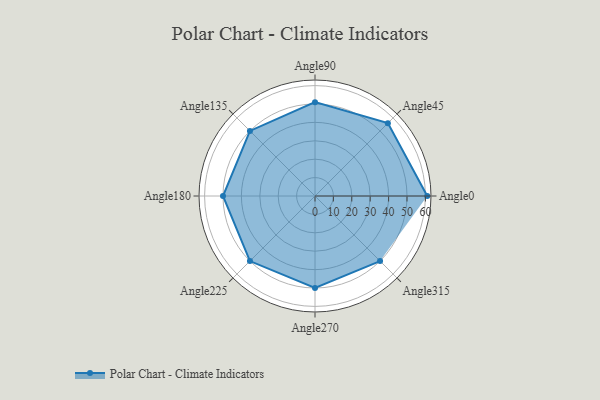
{"axis": {"x": "Angle", "y": "Radius"}, "legend": [""], "data": [{"x": "Angle0", "y": 61.0, "type": ""}, {"x": "Angle45", "y": 56.0, "type": ""}, {"x": "Angle90", "y": 51.0, "type": ""}, {"x": "Angle135", "y": 50, "type": ""}, {"x": "Angle180", "y": 50, "type": ""}, {"x": "Angle225", "y": 50, "type": ""}, {"x": "Angle270", "y": 50, "type": ""}, {"x": "Angle315", "y": 50, "type": ""}]}